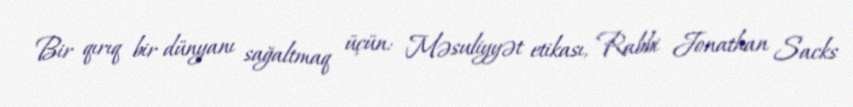
Bir qırıq bir dünyanı sağaltmaq üçün: Məsuliyyət etikası, Rabbi Jonathan Sacks